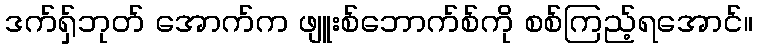
ဒက်ရှ်ဘုတ် အောက်က ဖျူးစ်ဘောက်စ်ကို စစ်ကြည့်ရအောင်။